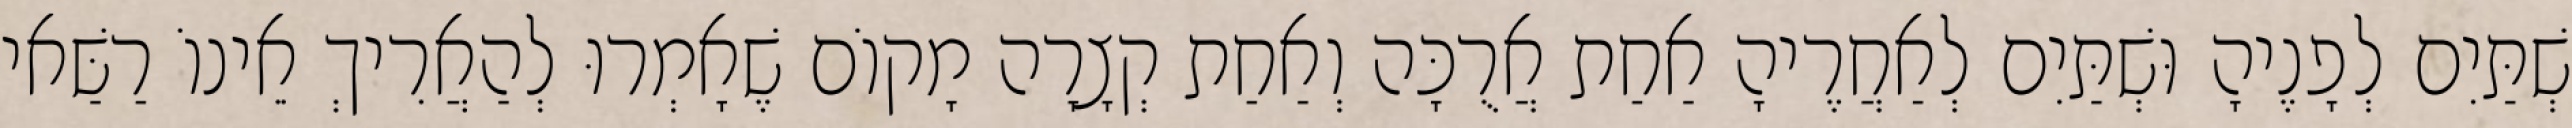
שְׁתַּיִם לְפָנֶיהָ וּשְׁתַּיִם לְאַחֲרֶיהָ אַחַת אֲרֻכָּה וְאַחַת קְצָרָה מָקוֹם שֶׁאָמְרוּ לְהַאֲרִיךְ אֵינוֹ רַשַּׁאי